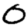
Digit: 0